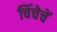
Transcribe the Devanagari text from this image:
चिंचेचें